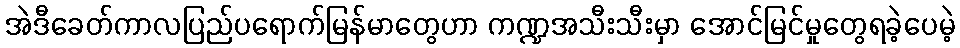
အဲဒီခေတ်ကာလပြည်ပရောက်မြန်မာတွေဟာ ကဏ္ဍအသီးသီးမှာ အောင်မြင်မှုတွေရခဲ့ပေမဲ့